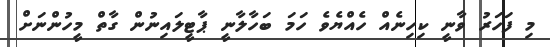
މި ފަހަރު ވާނީ ކިހިނެއް ހެއްޔެވެ ހަމަ ބަހާލާނީ ޕާޓީލައިނުން ގާތް މީހުންނަށް